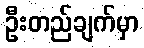
ဦးတည်ချက်မှာ